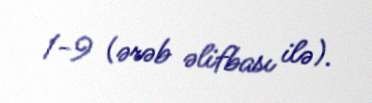
1-9 (ərəb əlifbası ilə).